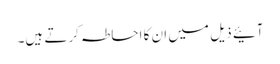
آئیے ذیل میں ان کا احاطہ کرتے ہیں۔